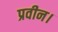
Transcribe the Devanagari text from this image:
प्रवीन।